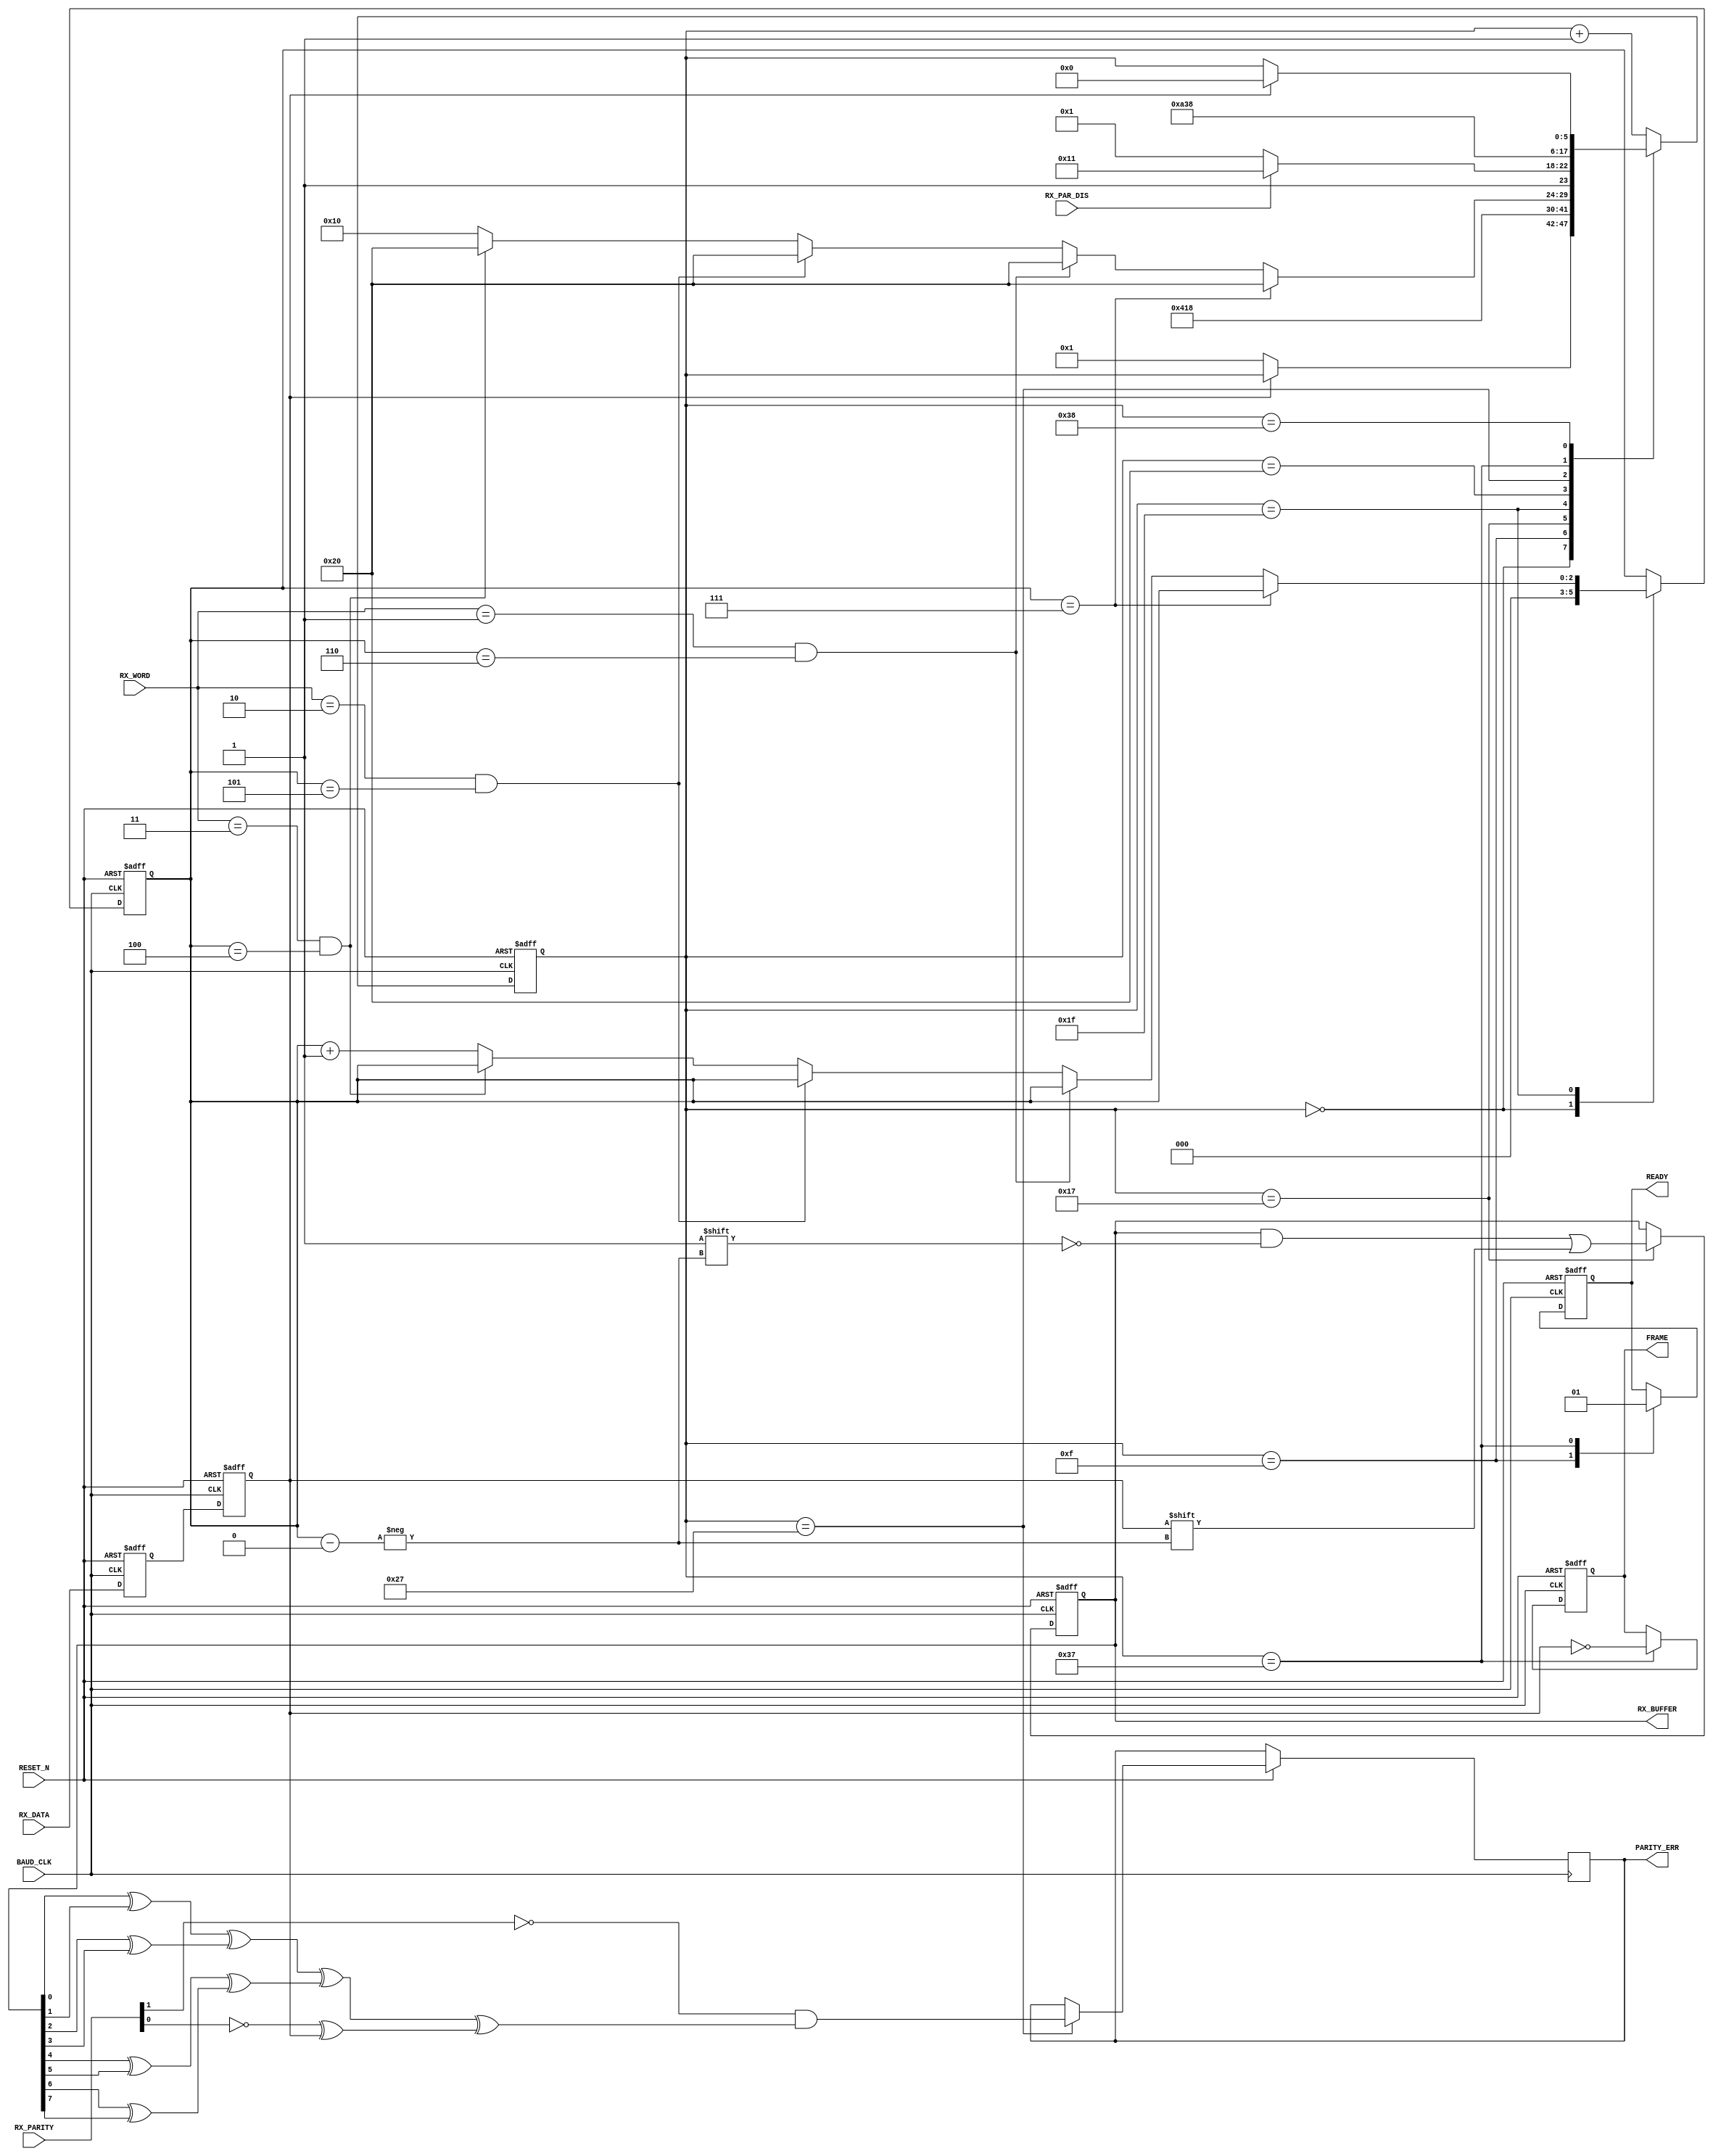
////////////////////////////////////////////////////////////////////////////////
// Project Name:	CoCo3FPGA Version 3.0
//
// CoCo3 in an FPGA
//
// Revision: 3.0 08/15/15
////////////////////////////////////////////////////////////////////////////////
//
// CPU section copyrighted by John Kent
// The FDC co-processor copyrighted Daniel Wallner.
//
////////////////////////////////////////////////////////////////////////////////
//
// Color Computer 3 compatible system on a chip
//
// Version : 3.0
//
// Copyright (c) 2008 Gary Becker (gary_l_becker@yahoo.com)
//
// All rights reserved
//
// Redistribution and use in source and synthezised forms, with or without
// modification, are permitted provided that the following conditions are met:
//
// Redistributions of source code must retain the above copyright notice,
// this list of conditions and the following disclaimer.
//
// Redistributions in synthesized form must reproduce the above copyright
// notice, this list of conditions and the following disclaimer in the
// documentation and/or other materials provided with the distribution.
//
// Neither the name of the author nor the names of other contributors may
// be used to endorse or promote products derived from this software without
// specific prior written permission.
//
// THIS SOFTWARE IS PROVIDED BY THE COPYRIGHT HOLDERS AND CONTRIBUTORS "AS IS"
// AND ANY EXPRESS OR IMPLIED WARRANTIES, INCLUDING, BUT NOT LIMITED TO,
// THE IMPLIED WARRANTIES OF MERCHANTABILITY AND FITNESS FOR A PARTICULAR
// PURPOSE ARE DISCLAIMED. IN NO EVENT SHALL THE AUTHOR OR CONTRIBUTORS BE
// LIABLE FOR ANY DIRECT, INDIRECT, INCIDENTAL, SPECIAL, EXEMPLARY, OR
// CONSEQUENTIAL DAMAGES (INCLUDING, BUT NOT LIMITED TO, PROCUREMENT OF
// SUBSTITUTE GOODS OR SERVICES; LOSS OF USE, DATA, OR PROFITS; OR BUSINESS
// INTERRUPTION) HOWEVER CAUSED AND ON ANY THEORY OF LIABILITY, WHETHER IN
// CONTRACT, STRICT LIABILITY, OR TORT (INCLUDING NEGLIGENCE OR OTHERWISE)
// ARISING IN ANY WAY OUT OF THE USE OF THIS SOFTWARE, EVEN IF ADVISED OF THE
// POSSIBILITY OF SUCH DAMAGE.
//
// Please report bugs to the author, but before you do so, please
// make sure that this is not a derivative work and that
// you have the latest version of this file.
//
// The latest version of this file can be found at:
//      http://groups.yahoo.com/group/CoCo3FPGA
//
// File history :
//
//  1.0		Full Release
//  2.0		Partial Release
//  3.0		Full Release
////////////////////////////////////////////////////////////////////////////////
// Gary Becker
// gary_L_becker@yahoo.com
////////////////////////////////////////////////////////////////////////////////

module uart51_rx(
RESET_N,
BAUD_CLK,
RX_DATA,
RX_BUFFER,
RX_WORD,
RX_PAR_DIS,
RX_PARITY,
PARITY_ERR,
FRAME,
READY
);
input					RESET_N;
input					BAUD_CLK;
input					RX_DATA;
output	[7:0]		RX_BUFFER;
reg		[7:0]		RX_BUFFER;
input		[1:0]		RX_WORD;
input					RX_PAR_DIS;
input		[1:0]		RX_PARITY;
output				PARITY_ERR;
reg					PARITY_ERR;
output				FRAME;
reg					FRAME;
output				READY;
reg					READY;
reg		[5:0]		STATE;
reg		[2:0]		BIT;
reg					RX_DATA0;
reg					RX_DATA1;

always @ (posedge BAUD_CLK or negedge RESET_N)
begin
	if(!RESET_N)
	begin
		RX_BUFFER <= 8'h00;
		STATE <= 6'b000000;
		FRAME <= 1'b0;
		BIT <= 3'b000;
		RX_DATA0 <= 1'b1;
		RX_DATA1 <= 1'b1;
		READY <= 1'b0;
	end
	else
	begin
		RX_DATA0 <= RX_DATA;
		RX_DATA1 <= RX_DATA0;
		case (STATE)
		6'b000000:										// States 0-15 will be start bit
		begin
			BIT <= 3'b000;
			if(~RX_DATA1)
				STATE <= 6'b000001;
		end
		6'b001111:								// End of start bit, flag data not ready
		begin										// If data is not retrieved before this, then overrun
			READY <= 1'b0;
			STATE <= 6'b010000;
		end
		6'b010111:										// Each data bit is states 16-31, the middle is 23
		begin
			RX_BUFFER[BIT] <= RX_DATA1;
			STATE <= 6'b011000;
		end
		6'b011111:										// End of the data bits
		begin
			if(BIT == 3'b111)
			begin
				STATE <= 6'b100000;
			end
			else
			begin
				if((RX_WORD == 2'b01) && (BIT == 3'b110))
				begin
					STATE <= 6'b100000;
				end
				else
				begin
					if((RX_WORD == 2'b10) && (BIT == 3'b101)) 
					begin
						STATE <= 6'b100000;
					end
					else
					begin
						if((RX_WORD == 2'b11) && (BIT == 3'b100))
						begin
							STATE <= 6'b100000;
						end
						else
						begin
							BIT <= BIT + 1'b1;
							STATE <= 6'b010000;
						end
					end
				end
			end
		end
		6'b100000:										// First tick of Stop or Parity, Parity is 32 - 47
		begin
			if(RX_PAR_DIS)
				STATE <= 6'b110001;		// get stop
			else
				STATE <= 6'b100001;		// get parity
		end
		6'b100111:										// Middle of Parity is 39
		begin
			PARITY_ERR <= ~RX_PARITY[1] &											// Get but do not check Parity if 1 is set
							 (((RX_BUFFER[0] ^ RX_BUFFER[1])
							 ^ (RX_BUFFER[2] ^ RX_BUFFER[3]))

							 ^((RX_BUFFER[4] ^ RX_BUFFER[5])
							 ^ (RX_BUFFER[6] ^ RX_BUFFER[7]))	// clear bit #8 if only 7 bits

							 ^ (~RX_PARITY[0] ^ RX_DATA1));
			STATE <= 6'b101000;
// 1 bit early for timing reasons
		end
		6'b110111:										// first stop bit is 32 or 48 then 49 - 63
		begin
			FRAME <= !RX_DATA1;			// if data != 1 then not stop bit
			READY <= 1'b1;
			STATE <= 6'b111000;
		end
// In case of a framing error, wait until data is 1 then start over
// We skipped this check for 6 clock cycles so CPU speed is not a factor
// in the RX_READY state machine above
		6'b111000:
		begin
			if(RX_DATA1)
				STATE <= 6'b000000;
		end
		default: STATE <= STATE + 1'b1;
		endcase
	end
end
endmodule